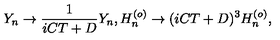
Y _ { n } \rightarrow \frac { 1 } { i C T + D } Y _ { n } , H _ { n } ^ { ( o ) } \rightarrow ( i C T + D ) ^ { 3 } H _ { n } ^ { ( o ) } ,